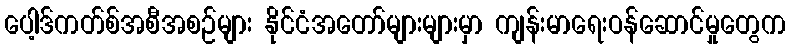
ပေါ့ဒ်ကတ်စ်အစီအစဉ်များ နိုင်ငံအတော်များများမှာ ကျန်းမာရေးဝန်ဆောင်မှုတွေက